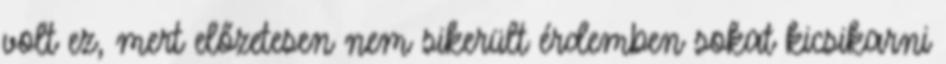
volt ez, mert előzetesen nem sikerült érdemben sokat kicsikarni